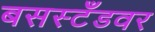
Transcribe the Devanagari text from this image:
बसस्टँडवर